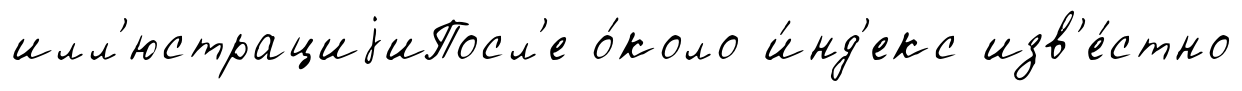
илл'юстрациjиПосл'е о́коло и́нд'екс изв'е́стно